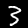
Label: 3